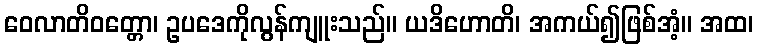
ဝေလာတိဝတ္တော၊ ဥပဒေကိုလွန်ကျူးသည်။ ယဒိဟောတိ၊ အကယ်၍ဖြစ်အံ့။ အထ၊